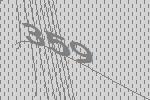
359